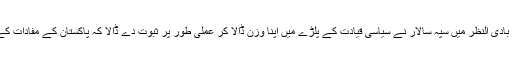
یہاں عسکری قیادت کو بھی داد نہ دینا زیادتی ہوگئی بادی النظر میں سپہ سالار نے سیاسی قیادت کے پلڑے میں اپنا وزن ڈالا کر عملی طور پر ثبوت دے ڈالا کہ پاکستان کے مفادات کے لیے اعلی ترین سطح پر اتفاق ویکجہتی موجود ہے۔